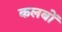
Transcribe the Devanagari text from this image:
कलबों